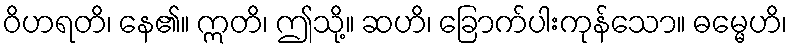
ဝိဟရတိ၊ နေ၏။ ဣတိ၊ ဤသို့။ ဆဟိ၊ ခြောက်ပါးကုန်သော။ ဓမ္မေဟိ၊